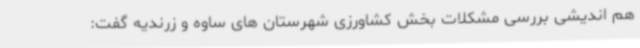
هم اندیشی بررسی مشکلات بخش کشاورزی شهرستان های ساوه و زرندیه گفت: